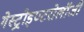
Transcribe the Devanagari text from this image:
गेस्ट्रोइण्टरोलॉजी